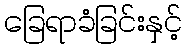
ခြေရာခံခြင်းနှင့်